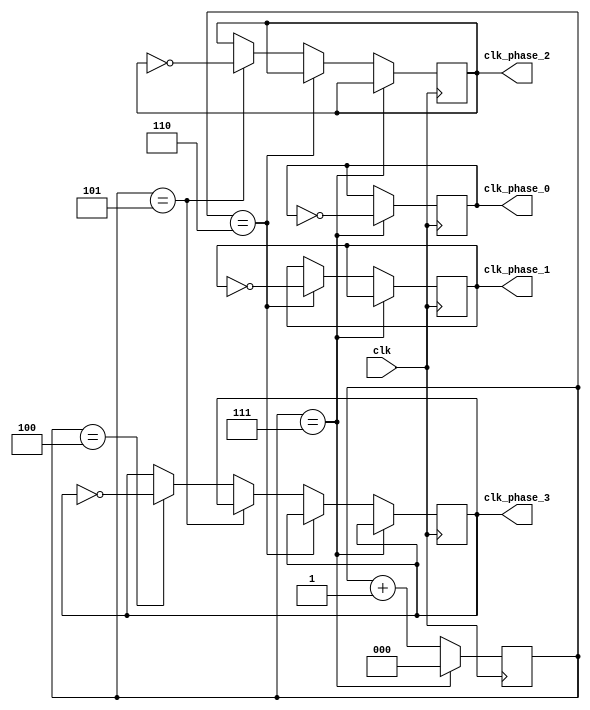
module multi_phase_clock_divider (
    input clk,  // input clock signal
    output reg clk_phase_0,  // output clock signal with phase 0
    output reg clk_phase_1,  // output clock signal with phase 1
    output reg clk_phase_2,  // output clock signal with phase 2
    output reg clk_phase_3   // output clock signal with phase 3
);

reg [2:0] divider = 3'b000;  // main clock divider counter

always @(posedge clk) begin
    if (divider == 3'b111) begin
        divider <= 3'b000;
        clk_phase_0 <= ~clk_phase_0;
    end else if (divider == 3'b110) begin
        divider <= divider + 1;
        clk_phase_1 <= ~clk_phase_1;
    end else if (divider == 3'b101) begin
        divider <= divider + 1;
        clk_phase_2 <= ~clk_phase_2;
    end else if (divider == 3'b100) begin
        divider <= divider + 1;
        clk_phase_3 <= ~clk_phase_3;
    end else begin
        divider <= divider + 1;
    end
end

endmodule